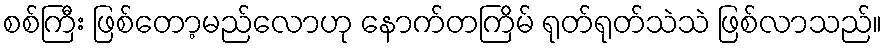
စစ်ကြီး ဖြစ်တော့မည်လောဟု နောက်တကြိမ် ရုတ်ရုတ်သဲသဲ ဖြစ်လာသည်။